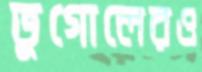
ভূগোলেরও